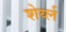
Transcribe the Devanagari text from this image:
शेर्य्ल